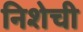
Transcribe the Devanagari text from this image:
निशेची